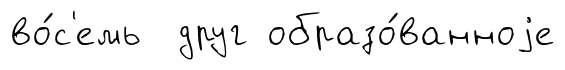
во́с'емь друг образо́ванноjе